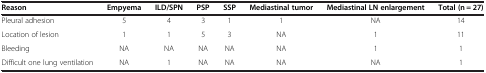
<table><thead><tr><td><b>Reason</b></td><td><b>Empyema</b></td><td><b>ILD/SPN</b></td><td><b>PSP</b></td><td><b>SSP</b></td><td><b>Mediastinal tumor</b></td><td><b>Mediastinal LN enlargement</b></td><td><b>Total (n = 27)</b></td></tr></thead><tbody><tr><td>Pleural adhesion</td><td>5</td><td>4</td><td>3</td><td>1</td><td>1</td><td>NA</td><td>14</td></tr><tr><td>Location of lesion</td><td>1</td><td>1</td><td>5</td><td>3</td><td>NA</td><td>1</td><td>11</td></tr><tr><td>Bleeding</td><td>NA</td><td>NA</td><td>NA</td><td>NA</td><td>NA</td><td>1</td><td>1</td></tr><tr><td>Difficult one lung ventilation</td><td>NA</td><td>1</td><td>NA</td><td>NA</td><td>NA</td><td>NA</td><td>1</td></tr></tbody></table>